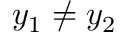
y _ { 1 } \neq y _ { 2 }